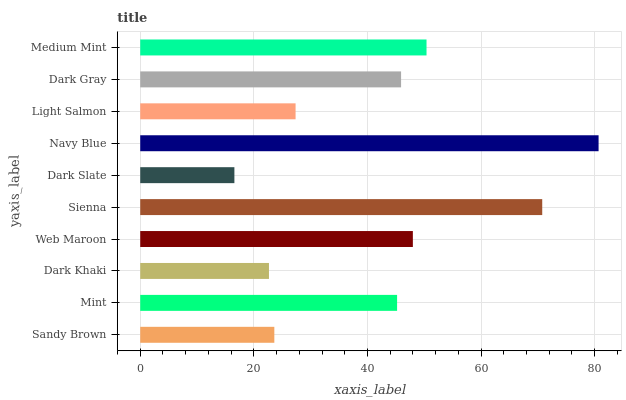
| yaxis_label | bars |
 | --- | --- |
 | Sandy Brown | 23.6 |
 | Mint | 45.2 |
 | Dark Khaki | 22.7 |
 | Web Maroon | 48 |
 | Sienna | 70.8 |
 | Dark Slate | 16.6 |
 | Navy Blue | 80.7 |
 | Light Salmon | 27.3 |
 | Dark Gray | 45.9 |
 | Medium Mint | 50.4 |